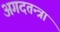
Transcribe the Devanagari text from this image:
अगदतन्त्रा